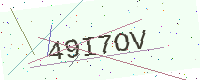
Text: 49I7OV